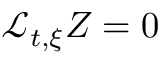
\mathcal { L } _ { t , \xi } Z = 0